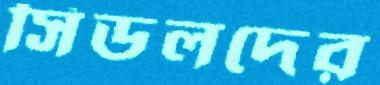
সিডলদের